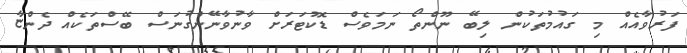
ފަރުވާއެއް މި ގައުމުތަކުން ލިބޭ ނޫންތޯ ނަމަވެސް ޑޮކުޓަރަށް ވާނުވާނޭންގުނަސް ބޭސްތަކެއް ދެންޏާ